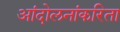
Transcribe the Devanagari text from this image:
आंदोलनांकरिता